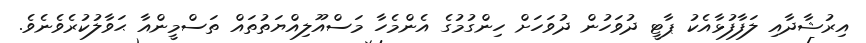
އިރުޝާދާއި ލަފާފުޅާއެކު ޕާޓީ ދުވަހުން ދުވަހަށް ހިންގުމުގެ އެންމެހާ މަސްއޫލިއްޔަތުތައް ތަސްމީންއާ ޙަވާލުކުރެވެނެވެ.